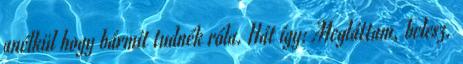
anélkül hogy bármit tudnék róla. Hát így: Megláttam, belesz.